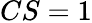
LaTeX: CS=1